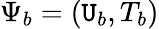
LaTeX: \Psi_{b}=(\mathtt{U}_{b},T_{b})